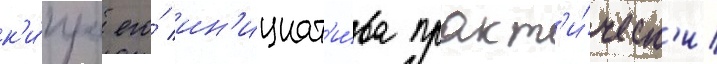
к'и́пра его́ ин'ициат'и́ва практ'и́ческ'и